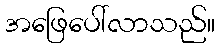
အဖြေပေါ်လာသည်။